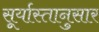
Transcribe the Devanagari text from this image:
सूर्यास्तानुसार